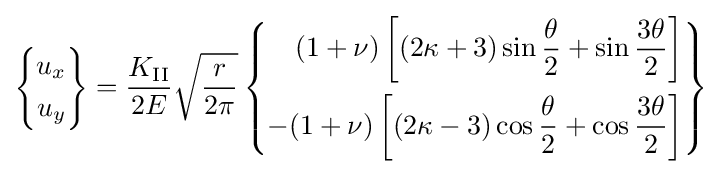
\left\{{\begin{aligned}u_{x}\\u_{y}\end{aligned}}\right\}={\frac {K_{\rm {II}}}{2E}}{\sqrt {\frac {r}{2\pi }}}\left\{{\begin{aligned}(1+\nu )\left[(2\kappa +3)\sin {\frac {\theta }{2}}+\sin {\frac {3\theta }{2}}\right]\\-(1+\nu )\left[(2\kappa -3)\cos {\frac {\theta }{2}}+\cos {\frac {3\theta }{2}}\right]\end{aligned}}\right\}